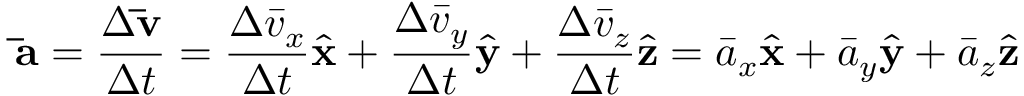
\mathbf { \bar { a } } = { \frac { \Delta \mathbf { \bar { v } } } { \Delta t } } = { \frac { \Delta { \bar { v } } _ { x } } { \Delta t } } { \hat { \mathbf { x } } } + { \frac { \Delta { \bar { v } } _ { y } } { \Delta t } } { \hat { \mathbf { y } } } + { \frac { \Delta { \bar { v } } _ { z } } { \Delta t } } { \hat { \mathbf { z } } } = { \bar { a } } _ { x } { \hat { \mathbf { x } } } + { \bar { a } } _ { y } { \hat { \mathbf { y } } } + { \bar { a } } _ { z } { \hat { \mathbf { z } } }